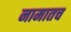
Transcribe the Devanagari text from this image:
नामातच